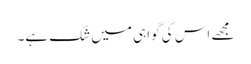
مجھے اس کی گواہی میں شک ہے۔